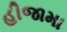
હીજામા